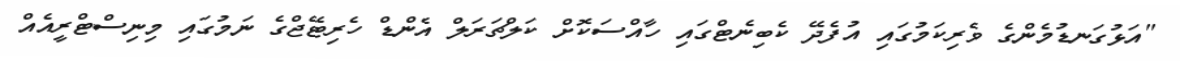
"އަޅުގަނޑުމެންގެ ވެރިކަމުގައި އުފެދޭ ކެބިނެޓްގައި ހާއްސަކޮށް ކަލްޗަރަލް އެންޑް ހެރިޓޭޖްގެ ނަމުގައި މިނިސްޓްރީއެއް